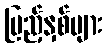
ပြည့်နှစ်များ